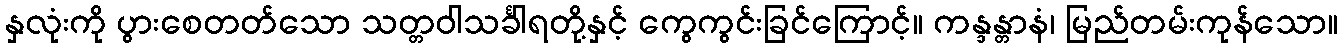
နှလုံးကို ပွားစေတတ်သော သတ္တဝါသင်္ခါရတို့နှင့် ကွေကွင်းခြင်ကြောင့်။ ကန္ဒန္တာနံ၊ မြည်တမ်းကုန်သော။